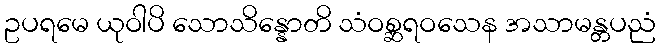
ဥပရမေ ယုဝါပိ သောသိန္နောတိ သံဝစ္ဆရဝသေန အသာမန္တပညံ